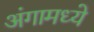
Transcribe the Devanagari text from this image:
अंगामध्ये